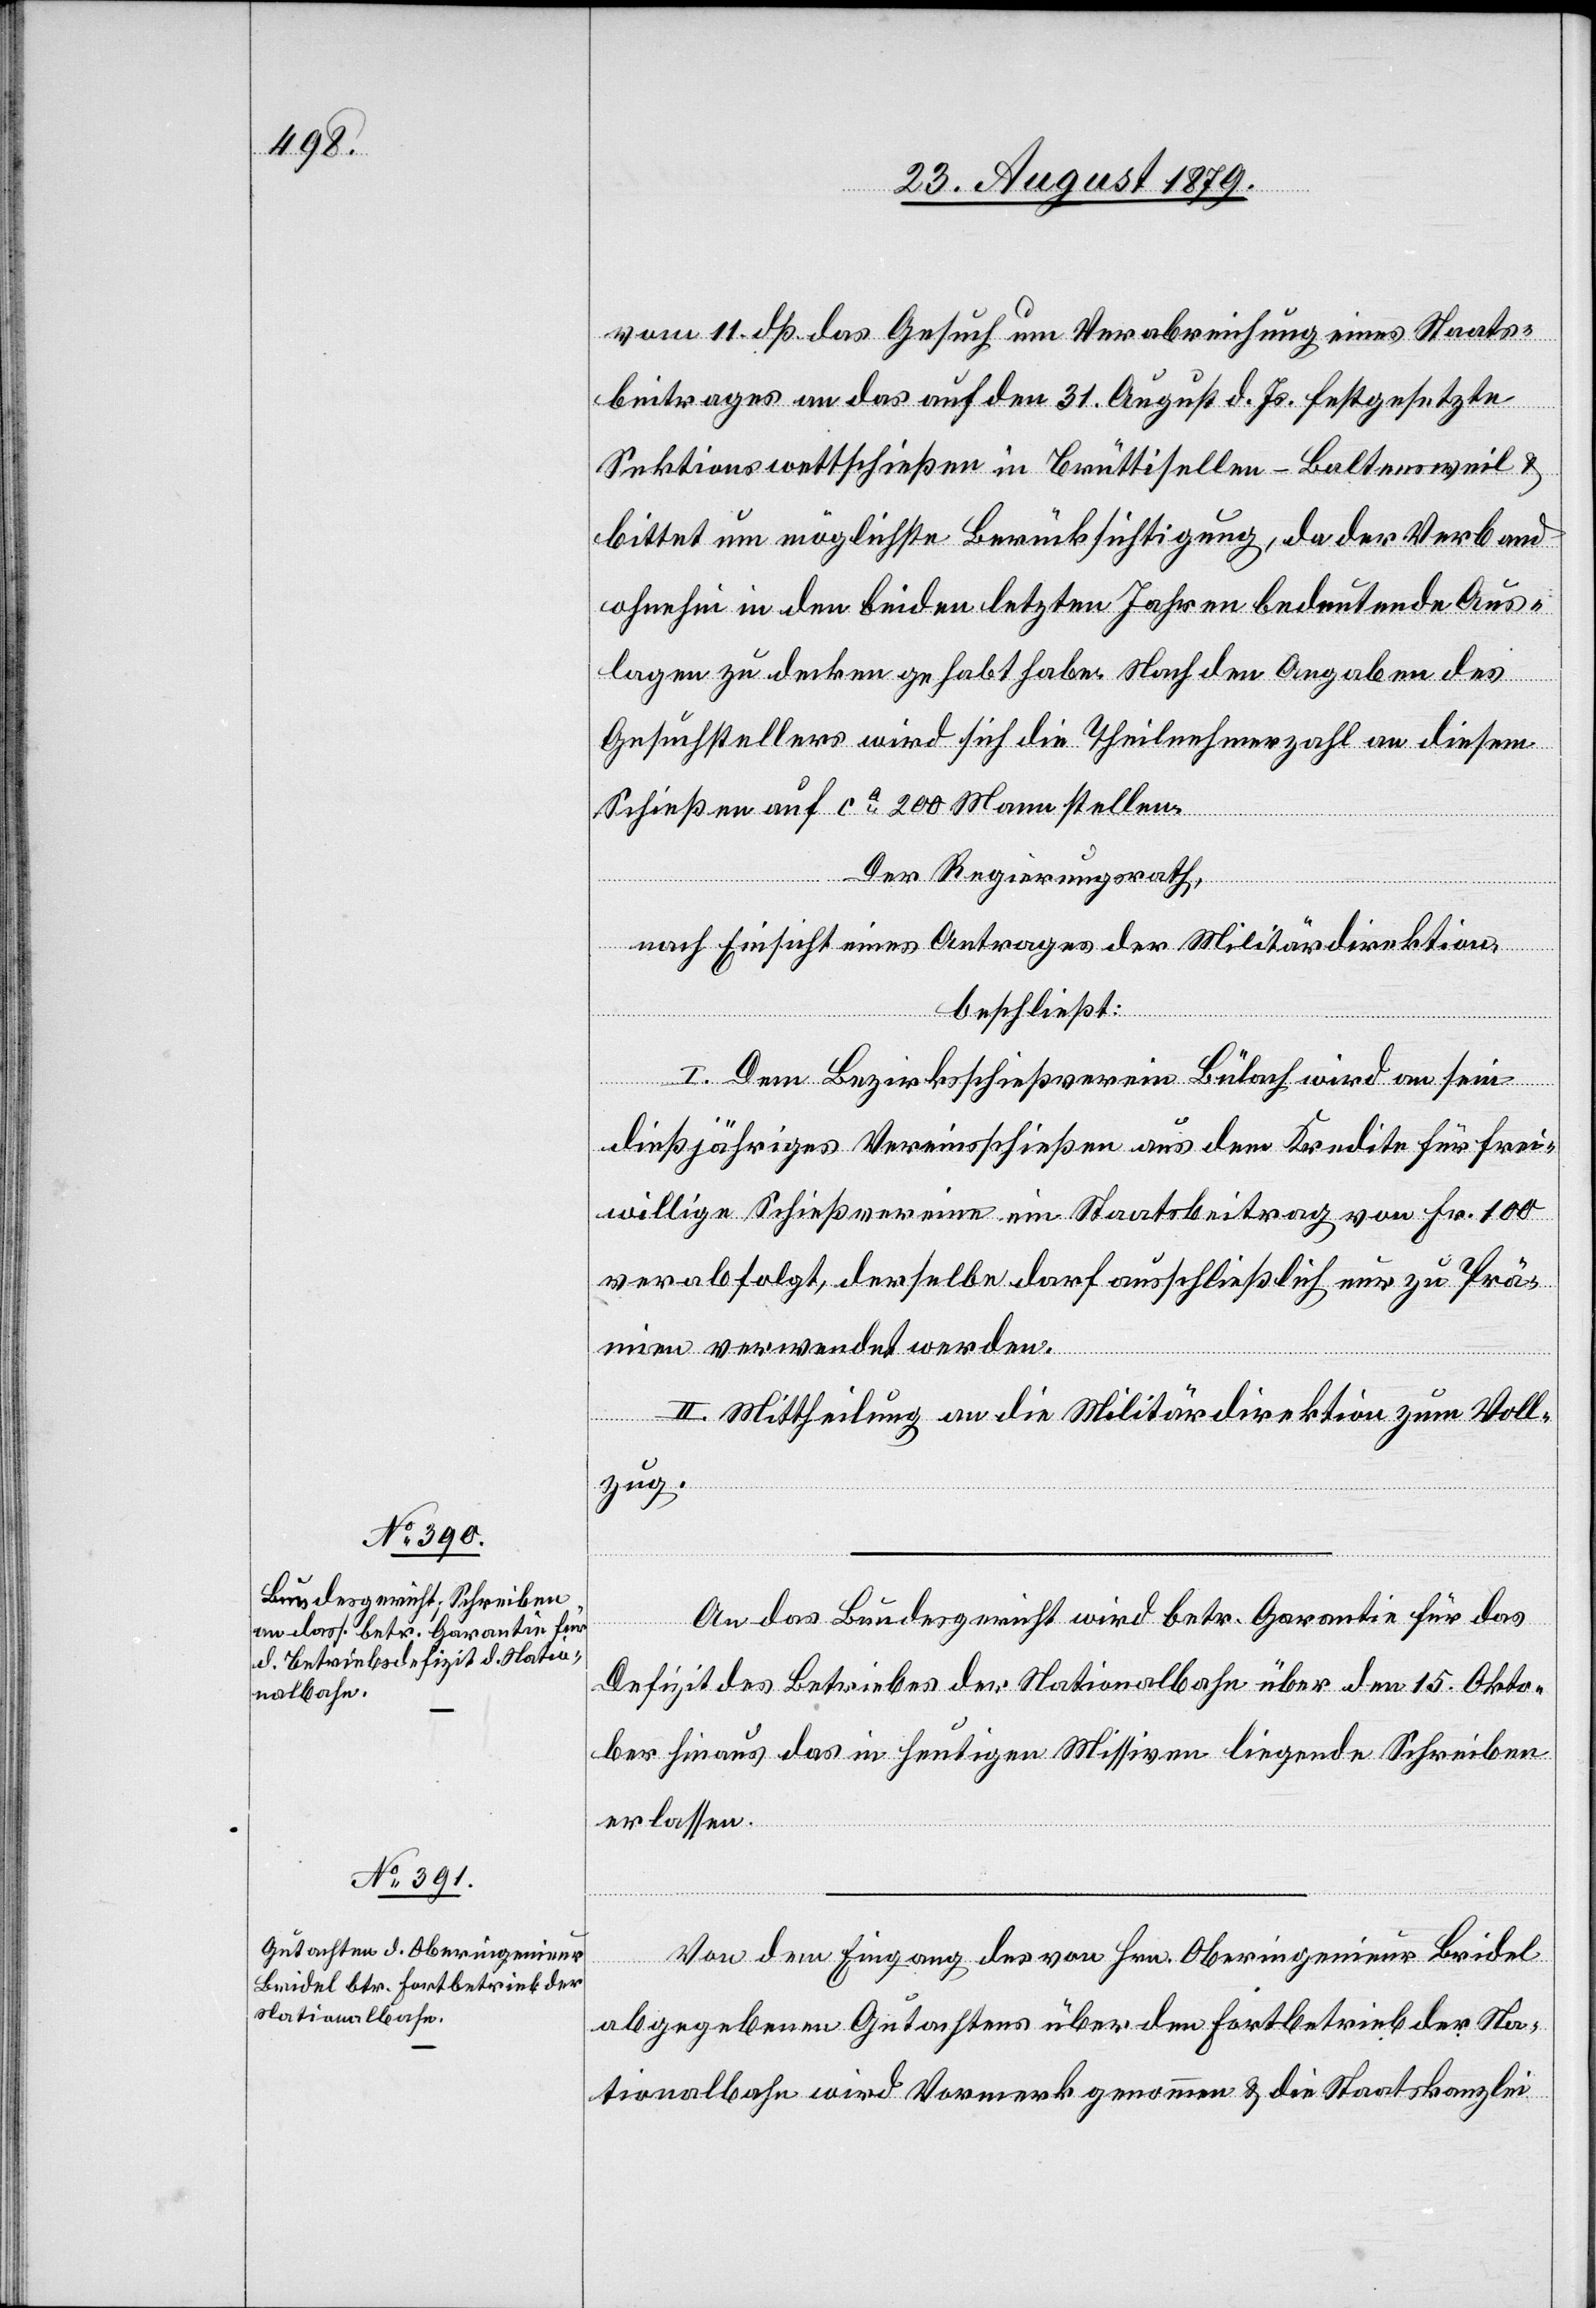
vom 11. dß das Gesuch um Verabreichung eines Staats¬
beitrages an das auf den 31. August d. Js. festgesetzte
Sektionswettschießen in Brüttisellen - Baltensweil &
bittet um möglichste Berücksichtigung, da der Verband
ohnehin in den beiden letzten Jahren bedeutende Aus¬
lagen zu decken gehabt habe. Nach den Angaben des
Gesuchsstellers wird sich die Theilnehmerzahl an diesem
Schießen auf ca 200 Mann stellen.
Der Regierungsrath,
nach Einsicht eines Antrages der Militärdirektion,
beschließt:
I. Dem Bezirksschießverein Bülach wird an sein
dießjähriges Vereinsschießen aus dem Kredite für frei¬
willige Schießvereine ein Staatsbeitrag von Fr. 100
verabfolgt, derselbe darf ausschließlich nur zu Prä¬
mien verwendet werden.
II. Mittheilung an die Militärdirektion zum Voll¬
zug.
An das Bundesgericht wird betr. Garantie für das
Defizit des Betriebes der Nationalbahn über den 15. Okto¬
ber hinaus das in heutigen Missiven liegende Schreiben
erlassen.
Von dem Eingag des von Hrn. Oberingenieur Bridel
abgegebenen Gutachten über den Fortbetrieb der Na¬
tionalbahn wird Vormerk genommen & die Staatskanzlei